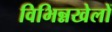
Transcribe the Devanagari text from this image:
विभिन्नखेलों